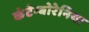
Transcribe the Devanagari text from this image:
कंटेम्बोरेनिया